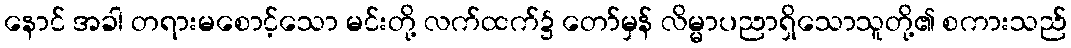
နောင် အခါ တရားမစောင့်သော မင်းတို့ လက်ထက်၌ တော်မှန် လိမ္မာပညာရှိသောသူတို့၏ စကားသည်